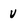
Character: v